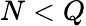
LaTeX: N<Q